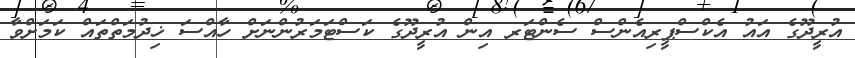
އުރީދޫގެ އައު އެކްސްޕީރިއެންސް ސެންޓަރ އިން އުރީދޫގެ ކަސްޓަމަރުންނަށް ހާއްސަ ޚިދުމަތްތައް ކަމަށްވާ